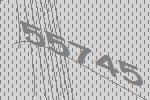
55745